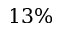
1 3 \%